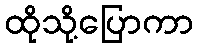
ထိုသို့ပြောကာ